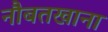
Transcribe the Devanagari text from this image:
नौबतखाना